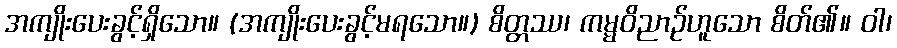
အကျိုးပေးခွင့်ရှိသော။ (အကျိုးပေးခွင့်မရသော။) စိတ္တဿ၊ ကမ္မဝိညာဉ်ဟူသော စိတ်၏။ ဝါ၊